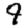
Digit: 9